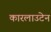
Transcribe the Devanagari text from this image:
कारलाउटेन